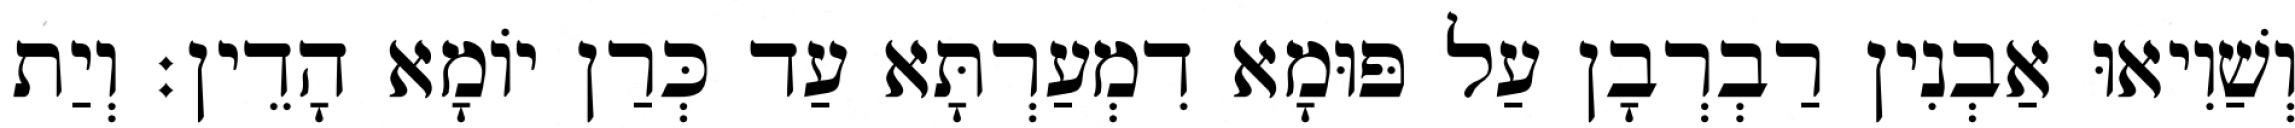
וְשַׁוִיאוּ אַבְנִין רַבְרְבָן עַל פּוּמָא דִמְעַרְתָּא עַד כְּרַן יוֹמָא הָדֵין׃ וְיַת